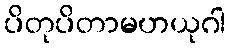
ပိတုပိတာမဟယုဂါ